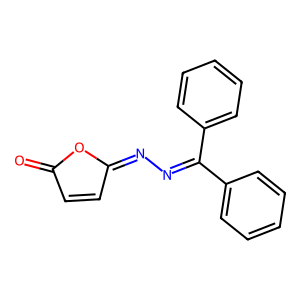
SMILES: O=C1C=CC(=NN=C(c2ccccc2)c2ccccc2)O1
Inhibits HIV replication: No